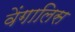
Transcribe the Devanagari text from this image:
वेंगालिस